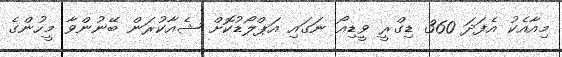
މިއާއެކު އެފަދަ 360 ޑިގްރީ ވީޑިއޯ ނަގައި އަޕްލޯޑުކޮށް ޝެއާކުރަން ބޭނުންވާ މީހުންގެ